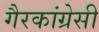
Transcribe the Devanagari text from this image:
गैरकांग्रेसी